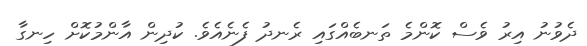
ދެވުނު އިރު ވެސް ކޮންމެ ތަނބެއްގައި ރެނދު ފެނެއެވެ. ކުދިން އާންމުކޮށް ހިނގާ